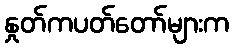
နှုတ်ကပတ်တော်များက